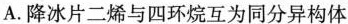
A.降冰片二烯与四环烷互为同分异构体